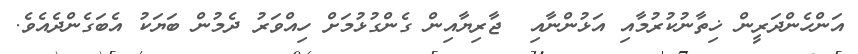
އަންހެންދަރީން ޚިތާނުކުރުމާއި އަޅުންނާއި  ޖާރިޔާއިން ގެންގުޅުމަށް ހިއްވަރު ދެމުން ބަޔަކު އެބަގެންދެއެވެ.